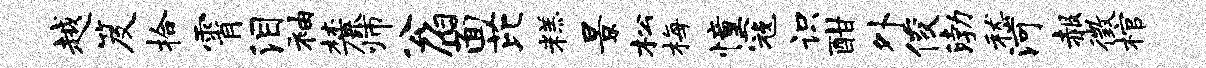
越笈拾霄泪袖麓师公伯面芘糕景松梅憧寇识酣外俊渤嵇河赧徵棺